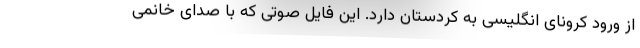
از ورود کرونای انگلیسی به کردستان دارد. این فایل صوتی که با صدای خانمی